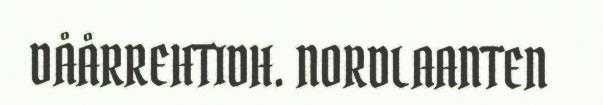
DÅÅRREHTIDH. NORDLAANTEN